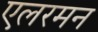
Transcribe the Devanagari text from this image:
एलरमन